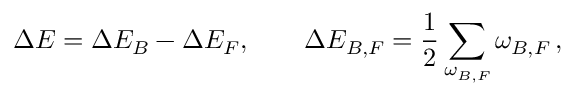
\Delta E = \Delta E _ { B } - \Delta E _ { F } , \qquad \Delta E _ { B , F } = \frac 1 2 \sum _ { \omega _ { B , F } } \omega _ { B , F } \, ,